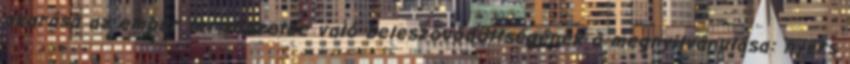
akarása az ember természetbe való beleszövődöttségének a megnyilvánulása: nyers